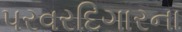
પરવરદિગારના